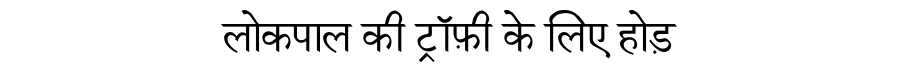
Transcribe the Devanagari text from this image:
लोकपाल की ट्रॉफ़ी के लिए होड़